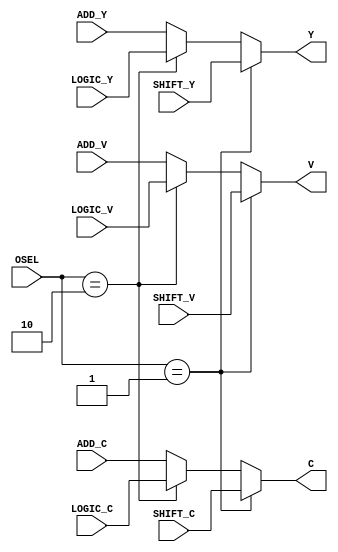
module muxOSEL(ADD_Y, ADD_C, ADD_V,
					SHIFT_Y, SHIFT_C, SHIFT_V,
					LOGIC_Y, LOGIC_C, LOGIC_V,
					OSEL, Y, C, V);

	input [1:0] OSEL;
	input [7:0] ADD_Y, SHIFT_Y, LOGIC_Y;
	input ADD_C, ADD_V;
	input SHIFT_C, SHIFT_V;
	input LOGIC_C, LOGIC_V;
	
	output reg C, V;
	output reg [7:0] Y;
	
	parameter [1:0] ADD = 2'b00,
						 SHIFT = 2'b01,
						 LOGIC = 2'b10;
						 
	always @(*) begin
		if (OSEL == SHIFT) begin
			C <= SHIFT_C;
			V <= SHIFT_V;
			Y <= SHIFT_Y;
		end
		else if (OSEL == LOGIC) begin
			C <= LOGIC_C;
			V <= LOGIC_V;
			Y <= LOGIC_Y;
		end
		else begin // default is adder
			C <= ADD_C;
			V <= ADD_V;
			Y <= ADD_Y;
		end
		
	end
endmodule